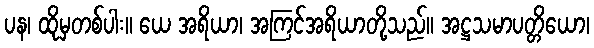
ပန၊ ထိုမှတစ်ပါး။ ယေ အရိယာ၊ အကြင်အရိယာတို့သည်။ အဋ္ဌသမာပတ္တိယော၊